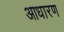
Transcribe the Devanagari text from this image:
आधारण